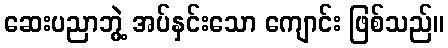
ဆေးပညာဘွဲ့ အပ်နှင်းသော ကျောင်း ဖြစ်သည်။